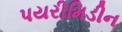
પયરીમિડીન